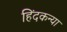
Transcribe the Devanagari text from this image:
हिंदकन्या